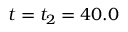
t = t _ { 2 } = 4 0 . 0